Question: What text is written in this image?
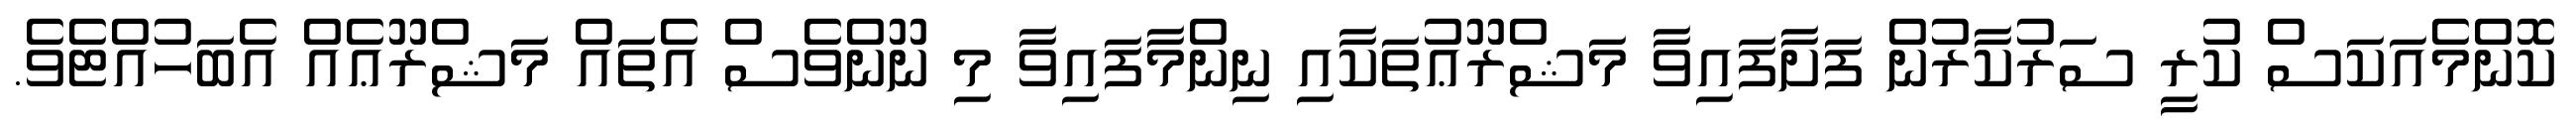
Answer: ކޮންމެއަކަސް ކުރީ ސަރުކާރުން ފަށާފައިވާ މަޝްރޫޢުތަކާއި ނިންމާފައިވާ މި ނޫންވެސް އެތައް މަޝްރޫޢެއް އެބަހުއްޓެވެ.